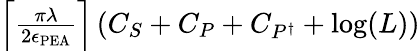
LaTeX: \begin{array}{r}{\left\lceil{\frac{\pi\lambda}{2\epsilon_{\mathrm{PEA}}}}\right\rceil\left(C_{S}+C_{P}+C_{P^{\dagger}}+\log(L)\right)}\end{array}